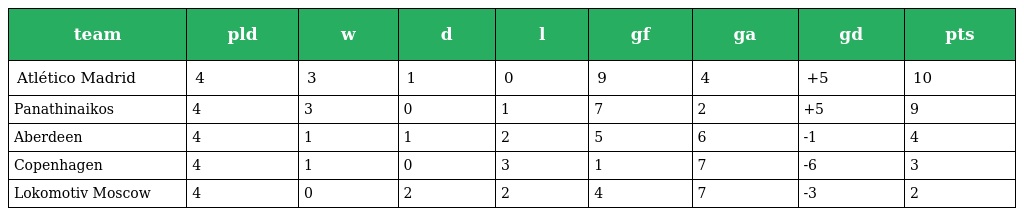
| team | pld | w | d | l | gf | ga | gd | pts |
 | --- | --- | --- | --- | --- | --- | --- | --- | --- |
 | Atlético Madrid | 4 | 3 | 1 | 0 | 9 | 4 | +5 | 10 |
 | Panathinaikos | 4 | 3 | 0 | 1 | 7 | 2 | +5 | 9 |
 | Aberdeen | 4 | 1 | 1 | 2 | 5 | 6 | -1 | 4 |
 | Copenhagen | 4 | 1 | 0 | 3 | 1 | 7 | -6 | 3 |
 | Lokomotiv Moscow | 4 | 0 | 2 | 2 | 4 | 7 | -3 | 2 |